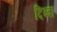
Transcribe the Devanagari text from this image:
दिब्बा